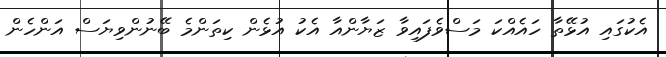
އެކުގައި އުޅޭތާ ހައެއްކަ މަސްވެފައިވާ ޒަޔާންއާ އެކު އުޅެން ކިތަންމެ ބޭނުންވިޔަސް އަންހެން